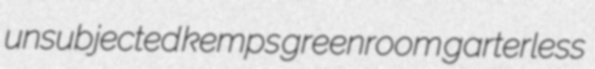
unsubjected kemps greenroom garterless